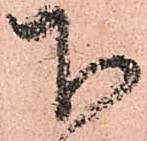
下